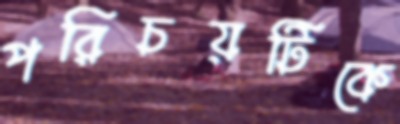
পরিচয়টিকে